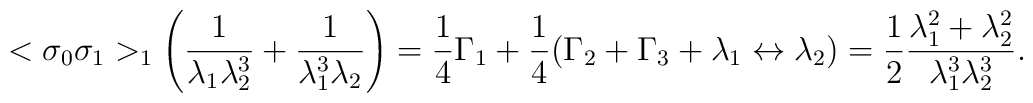
<\sigma_0\sigma_1>_1\left({1\over\lambda_1\lambda_2^3}+{1\over \lambda_1^3\lambda_2}\right)={1\over 4}\Gamma_1+{1\over 4}(\Gamma_2+\Gamma_3+\lambda_1\leftrightarrow\lambda_2)={1\over 2}{\lambda_1^2+\lambda_2^2\over \lambda_1^3\lambda_2^3}.